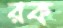
রক